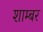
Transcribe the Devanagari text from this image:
शाम्बर